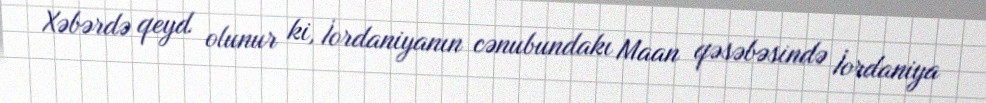
Xəbərdə qeyd olunur ki, İordaniyanın cənubundakı Maan qəsəbəsində İordaniya